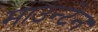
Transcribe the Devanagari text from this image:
माउन्‍टेन